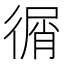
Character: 㣯